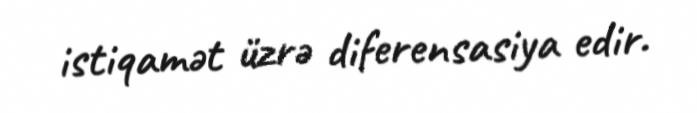
istiqamət üzrə diferensasiya edir.